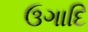
ઉગાદિ